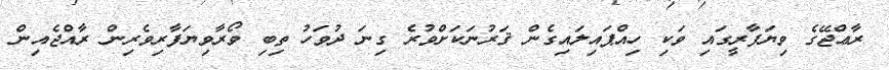
ރާޢްޖޭގެ ވިޔަފާރީގައި ވަކި ހިއްޕައިލައިގެން ޤަރުނަކަށްވުރެ ގިނަ ދުވަހު ތިބި ވޯރާވިޔަފާރިވެރިން ރާއްޖެއިން